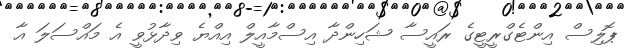
ޕޮލިސް އިންޓެގްރީޓީގެ ރައީސާ ޝަހިންދާ އިސްމާއީލް އިއްޔެ ވިދާޅުވީ އެ މައްސަލަ އާ